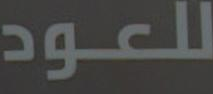
للعود